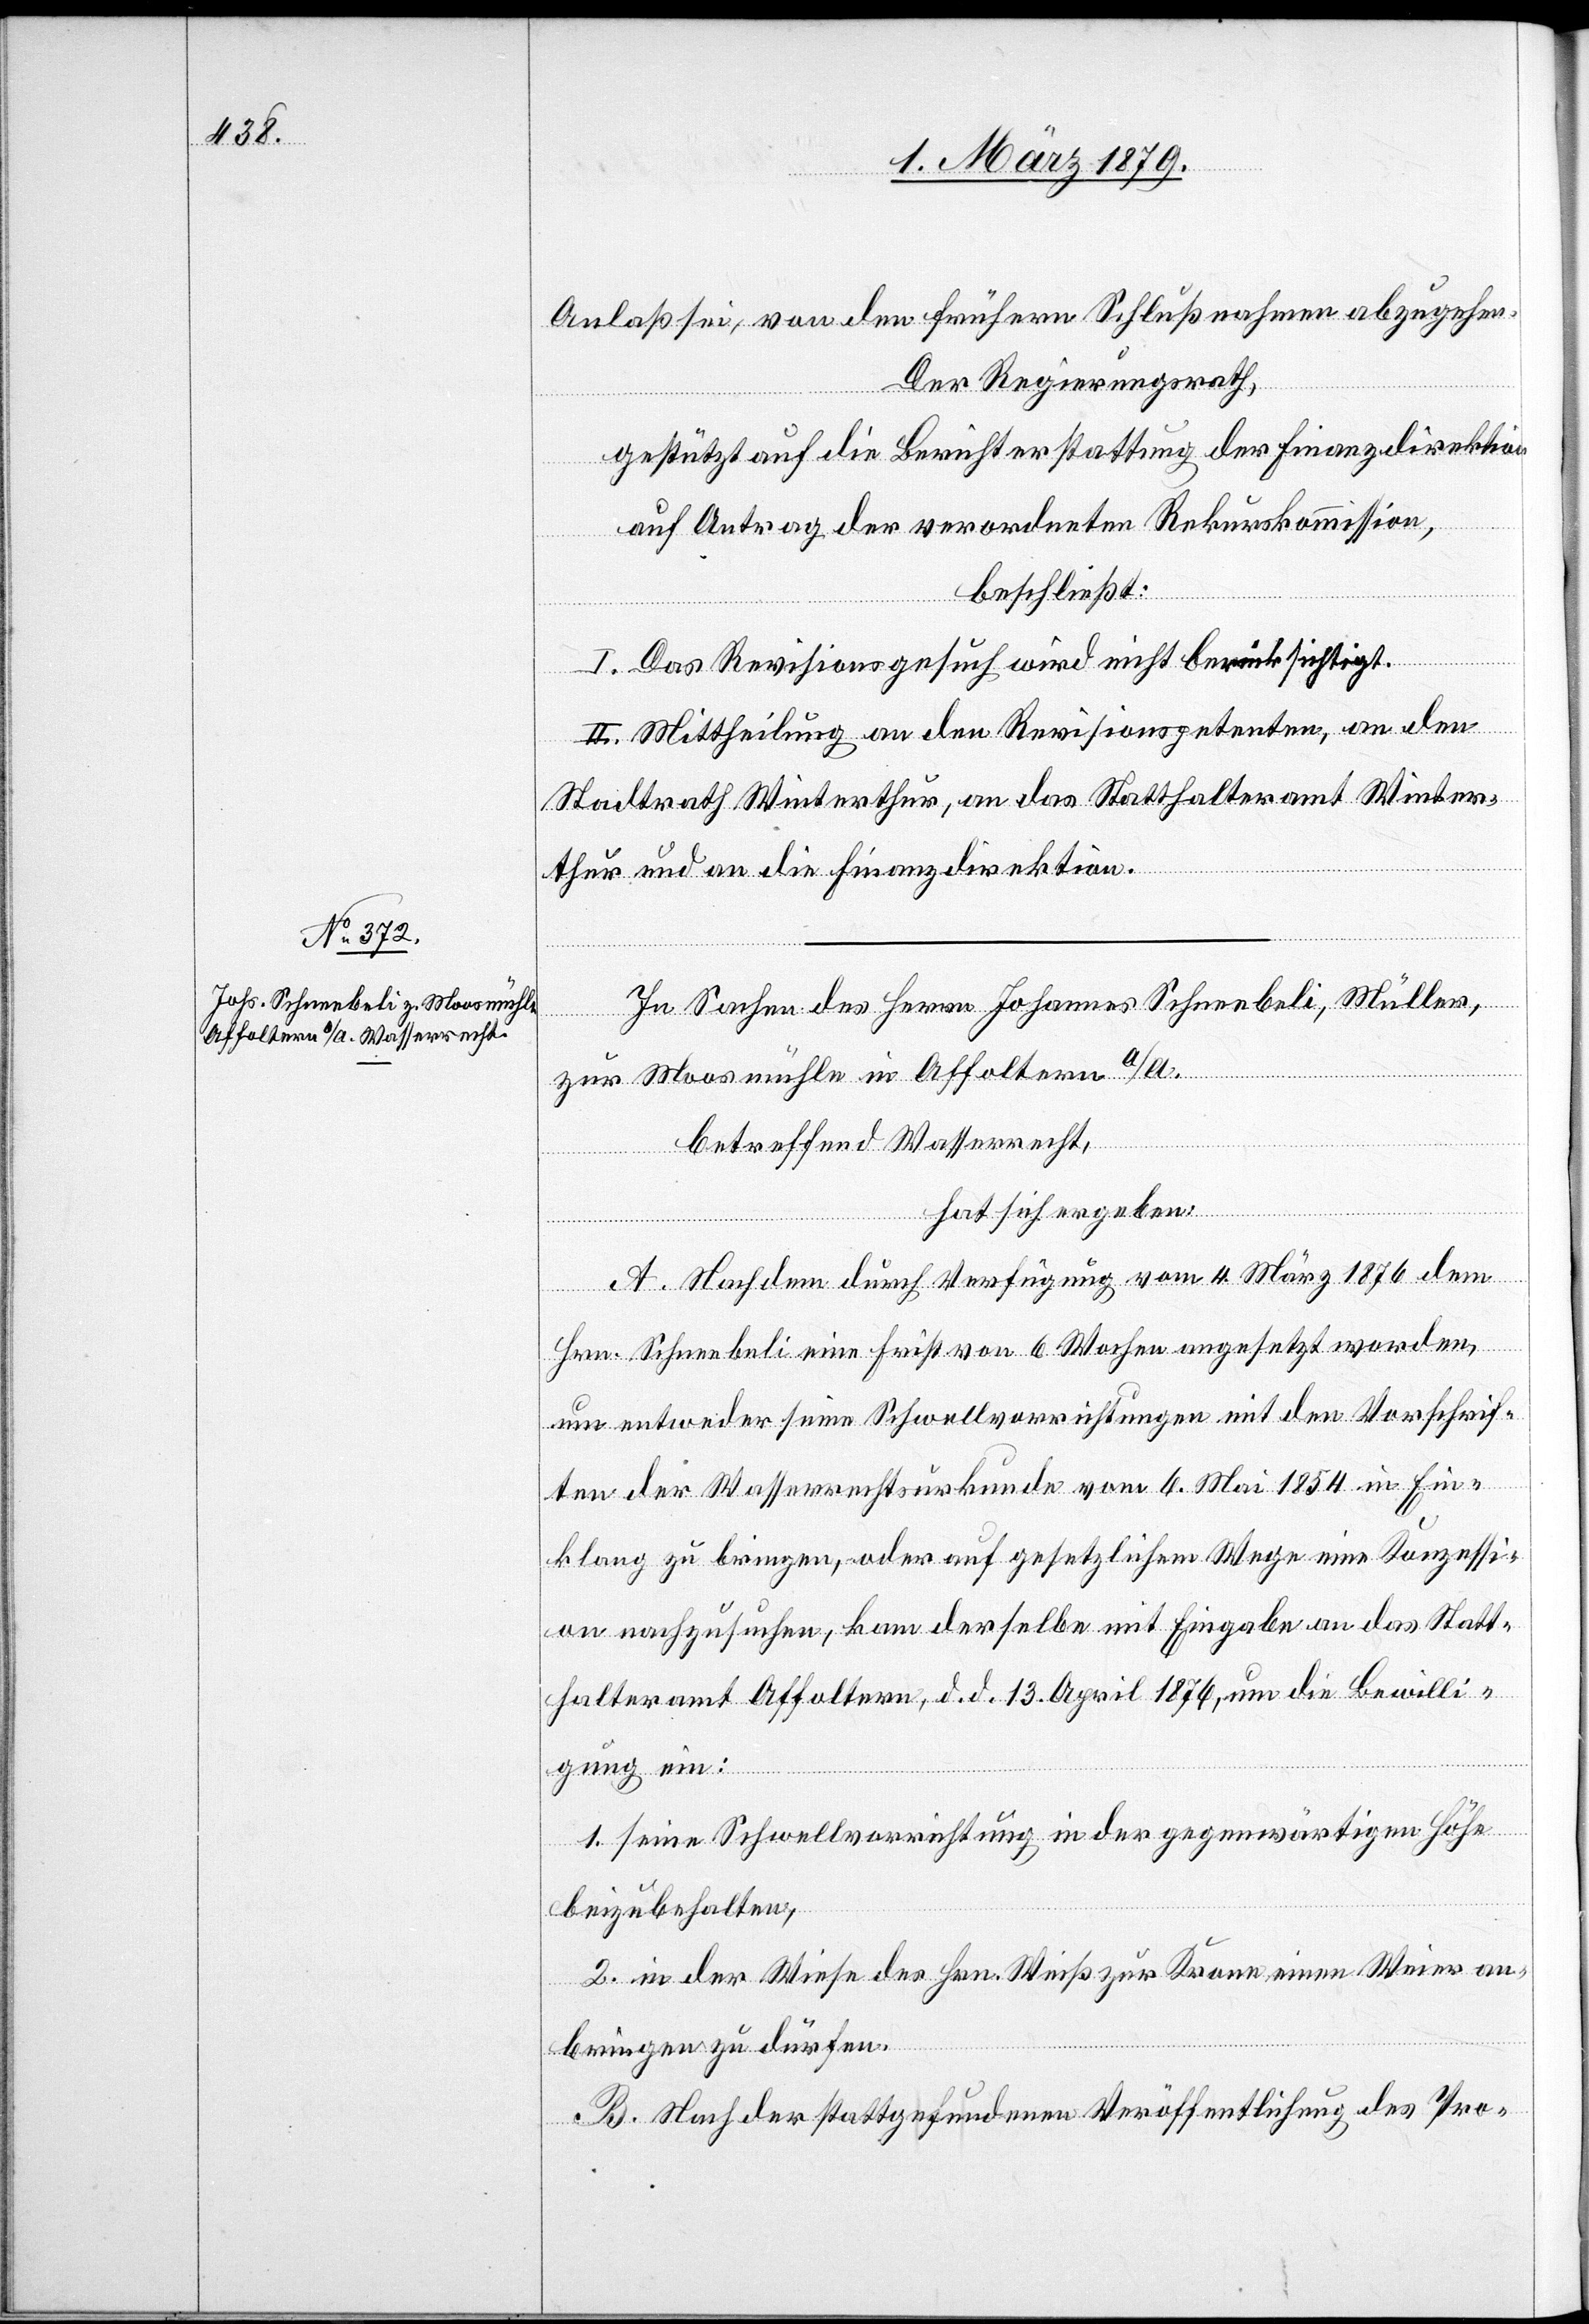
Anlaß sei, von den frühern Schlußnahmen abzugehen.
Der Regierungsrath,
gestützt auf die Berichterstattung der Finanzdirektion
auf Antrag der verordneten Rekurskommission,
beschließt:
I. Das Revisionsgesuch wird nicht berücksichtigt.
II. Mittheilung an den Revisionspetenten, an den
Stadtrath Winterthur, an das Statthalteramt Winter¬
thur und an die Finanzdirektion.
In Sachen des Herrn Johannes Schneebeli, Müller,
zur Moosmühle in Affoltern a/A.
betreffend Wasserrecht,
hat sich ergeben:
A. Nachdem durch Verfügung vom 4. März 1876 dem
Hrn. Schneebeli eine Frist von 6 Wochen angesetzt worden,
um entweder seine Schwellvorrichtungen mit den Vorschrif¬
ten der Wasserrechtsurkunde vom 6. Mai 1854 in Ein¬
klang zu bringen, oder auf gesetzlichem Wege eine Konzessi¬
on nachzusuchen, kam derselbe mit Eingabe an das Statt¬
halteramt Affoltern, d. d. 13. April 1876, um die Bewilli¬
gung ein:
1. seine Schwellvorrichtung in der gegenwärtigen Höhe
beizubehalten,
2. in der Wiese des Hrn. Weiß zur Krann einen Weier an¬
bringen zu dürfen.
B. Nach der stattgefundenen Veröffentlichung des Pro-